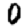
Digit: 0